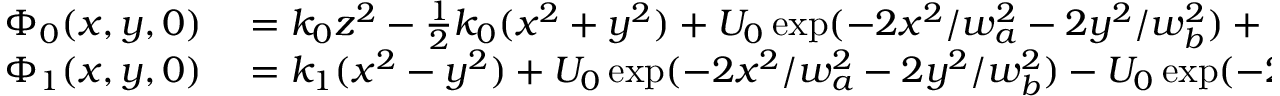
\begin{array} { r l } { \Phi _ { 0 } ( x , y , 0 ) } & { { } = k _ { 0 } z ^ { 2 } - \frac { 1 } { 2 } k _ { 0 } ( x ^ { 2 } + y ^ { 2 } ) + U _ { 0 } \exp ( - 2 x ^ { 2 } / w _ { a } ^ { 2 } - 2 y ^ { 2 } / w _ { b } ^ { 2 } ) + U _ { 0 } \exp ( - 2 x ^ { 2 } / w _ { b } ^ { 2 } - 2 y ^ { 2 } / w _ { a } ^ { 2 } ) , } \\ { \Phi _ { 1 } ( x , y , 0 ) } & { { } = k _ { 1 } ( x ^ { 2 } - y ^ { 2 } ) + U _ { 0 } \exp ( - 2 x ^ { 2 } / w _ { a } ^ { 2 } - 2 y ^ { 2 } / w _ { b } ^ { 2 } ) - U _ { 0 } \exp ( - 2 x ^ { 2 } / w _ { b } ^ { 2 } - 2 y ^ { 2 } / w _ { a } ^ { 2 } ) , } \end{array}